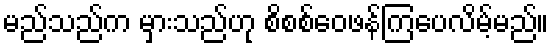
မည်သည်က မှားသည်ဟု စိစစ်ဝေဖန်ကြပေလိမ့်မည်။